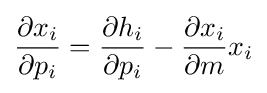
{\frac {\partial x_{i}}{\partial p_{i}}}={\frac {\partial h_{i}}{\partial p_{i}}}-{\frac {\partial x_{i}}{\partial m}}x_{i}